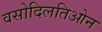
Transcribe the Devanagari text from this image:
वसोदिलतिओन